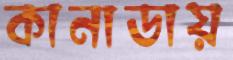
কানাডায়